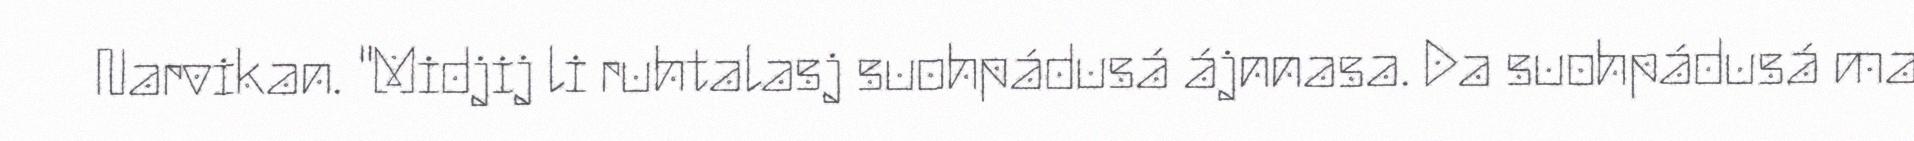
Narvikan. "Midjij li ruhtalasj suohpádusá ájnnasa. Da suohpádusá ma